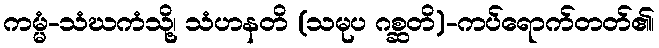
ကမ္မံ-သံဃကံသို့၊ သံဟနတိ (သမုပ ဂစ္ဆတိ)-ကပ်ရောက်တတ်၏၊